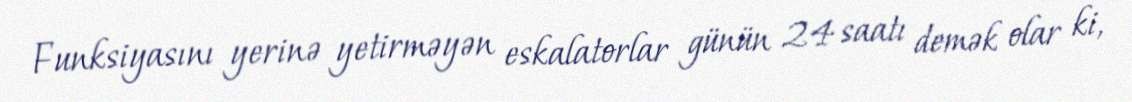
Funksiyasını yerinə yetirməyən eskalatorlar günün 24 saatı demək olar ki,